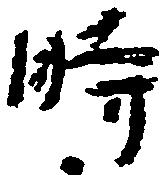
時